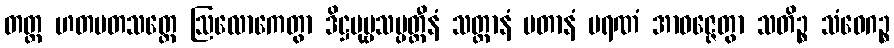
တတ္ထ ဟတမတသတ္တေ ဩလောကေတွာ ဒိဋ္ဌပုဗ္ဗသမ္ပတ္တီနံ သတ္တာနံ မတာနံ မရဏံ အာဝဇ္ဇေတွာ သတိဉ္စ သံဝေဂဉ္စ